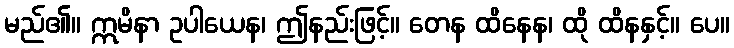
မည်၏။ ဣမိနာ ဥပါယေန၊ ဤနည်းဖြင့်။ တေန ထိနေန၊ ထို ထိနနှင့်။ ပေ။